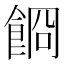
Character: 𩛯